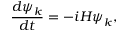
\frac { d \boldsymbol { \psi } _ { k } } { d t } = - i H \boldsymbol { \psi } _ { k } ,